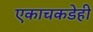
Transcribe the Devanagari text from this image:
एकाचकडेही